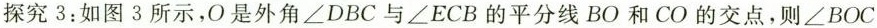
探究3：如图3所示，O是外角\angle DBC与\angle ECB的平分线BO和CO的交点，则\angle BOC